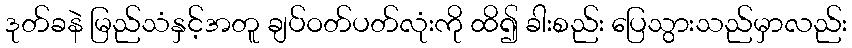
ဒုတ်ခနဲ မြည်သံနှင့်အတူ ချပ်ဝတ်ပတ်လုံးကို ထိ၍ ခါးစည်း ပြေသွားသည်မှာလည်း